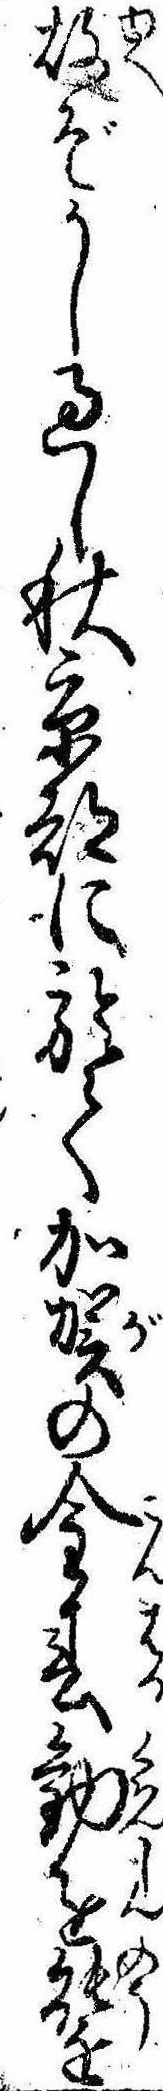
故ぞかし過し秋京都に於て加賀の金春勧進能を